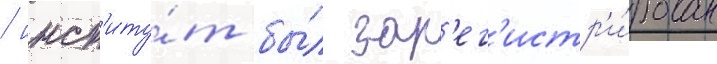
/ инст'иту́т бы́л зар'ег'истр'и́рован